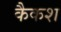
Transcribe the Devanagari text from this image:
कैकश